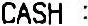
CASH :